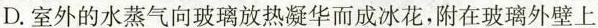
D.室外的水蒸气向玻璃放热凝华而成冰花，附在玻璃外壁上